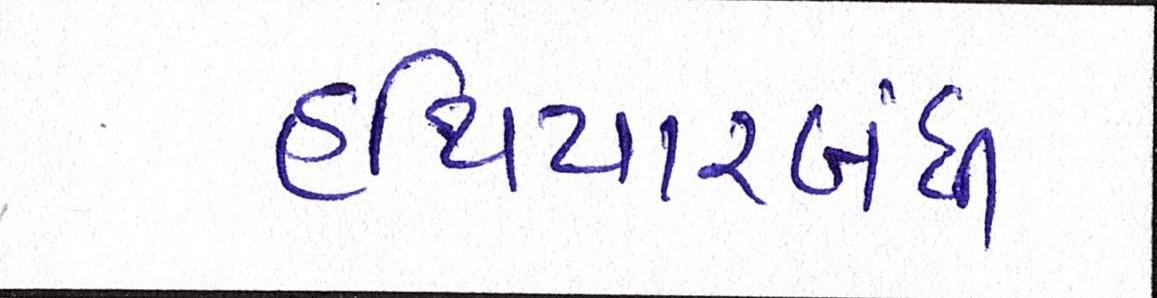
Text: હથિયારબંધી